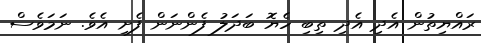
ރައްޔިތުން އެދި އެދި ތިބި ހެޔޮ ބަދަލު ފެންނަން ފެށި އެވެ. ނަމަވެސް